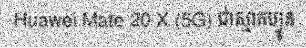
Huawei Mate 20 X (5G) ជាស្មាតហ្វូន